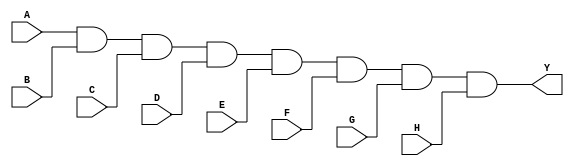
module eight_input_and_gate (
    input A,
    input B,
    input C,
    input D,
    input E,
    input F,
    input G,
    input H,
    output reg Y
);

always @* begin
    Y = A & B & C & D & E & F & G & H;
end

endmodule